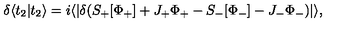
\delta \langle t _ { 2 } | t _ { 2 } \rangle = i \langle | \delta ( S _ { + } [ \Phi _ { + } ] + J _ { + } \Phi _ { + } - S _ { - } [ \Phi _ { - } ] - J _ { - } \Phi _ { - } ) | \rangle ,